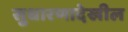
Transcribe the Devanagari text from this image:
सुधारणादेखील